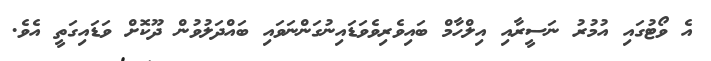
އެ ވޯޓުގައި އުމުރު ނަސީރާއި އިލްހާމް ބައިވެރިވެވަޑައިނުގަންނަވައި ބައްދަލުވުން ދޫކޮށް ވަޑައިގަތީ އެވެ.